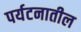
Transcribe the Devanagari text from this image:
पर्यटनातील